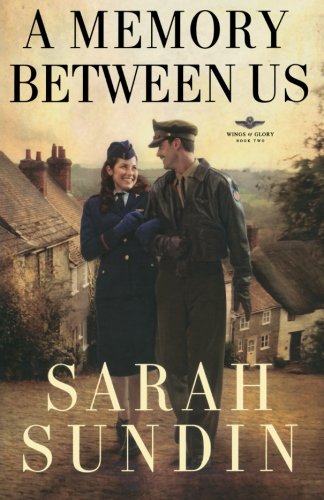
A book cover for A Memory Between Us: A Novel (Wings of Glory); Sarah Sundin; Romance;